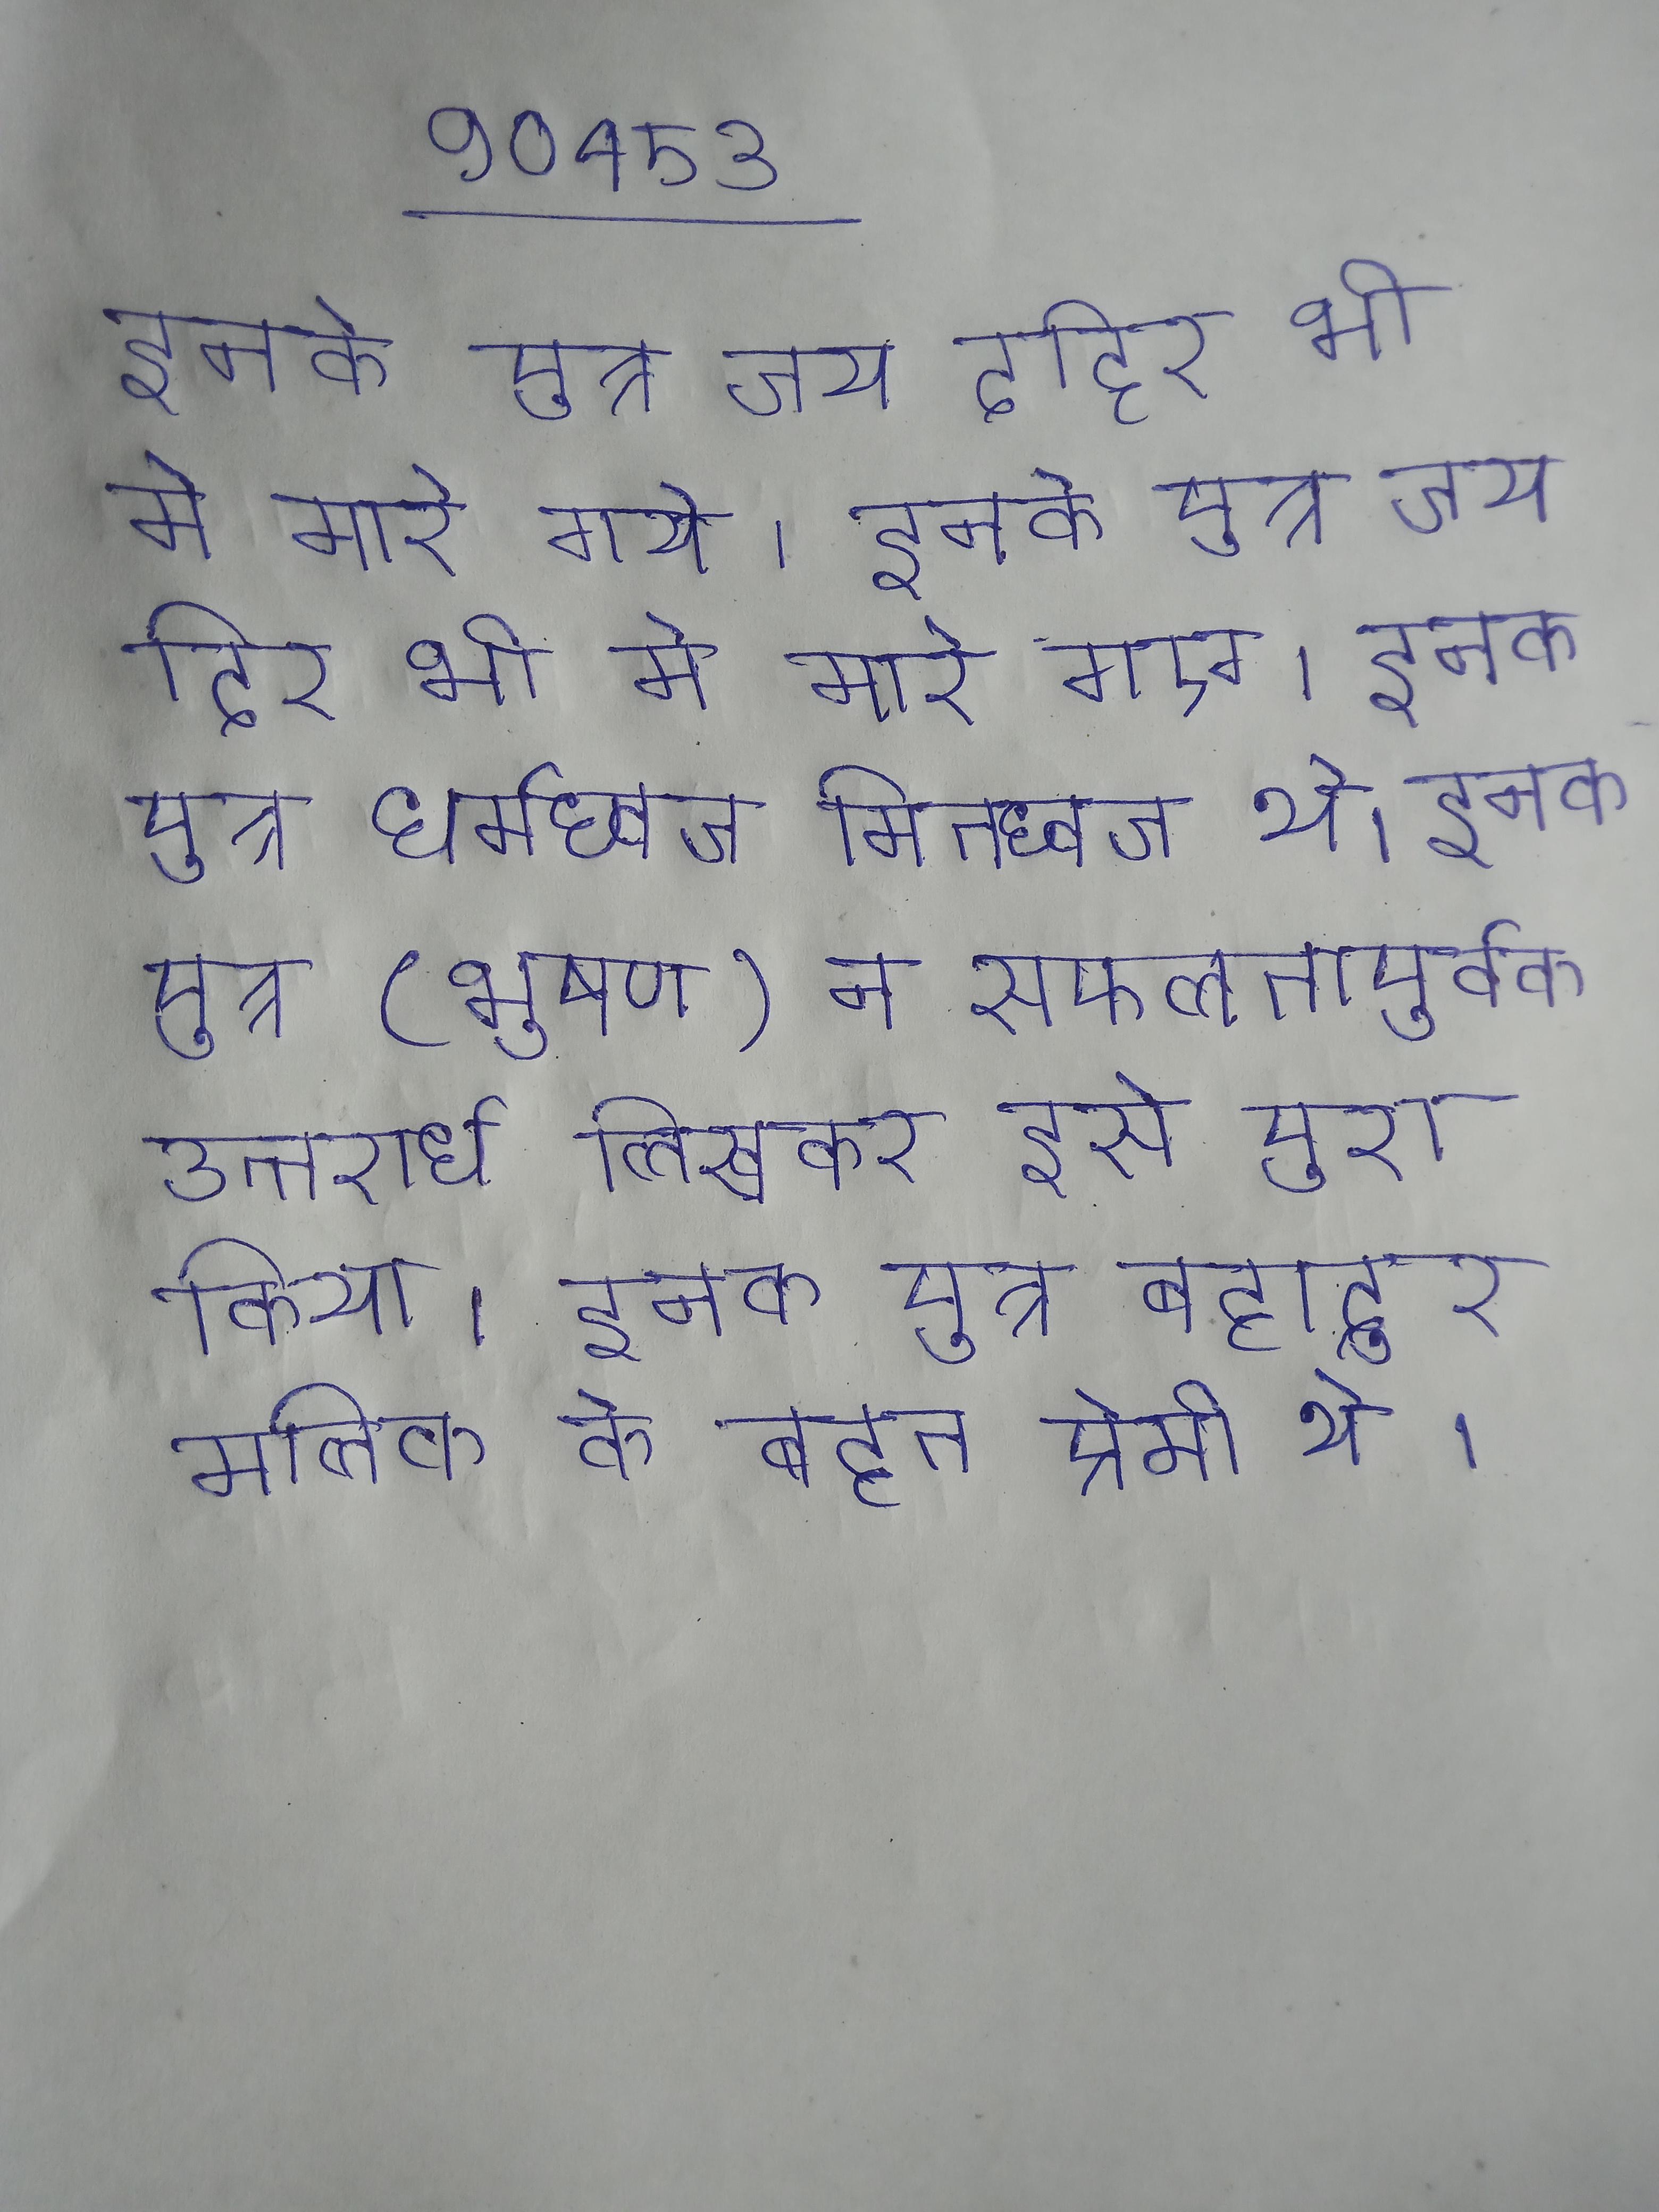
इनके पुत्र जय दहिर भी मे मारे गये । इनके पुत्र जय दिर भी मे मारे गए । इनके पुत्र धर्मध्वज और पौत्र कृतध्वज मितध्वज थे । इनके पुत्र (भूषण) ने सफलतापूर्वक उत्तरार्ध लिखकर इसे पूरा किया । इनके पुत्र बहादुर मलिक के बहुत प्रेमी थे ।